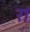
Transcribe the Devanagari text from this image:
रां